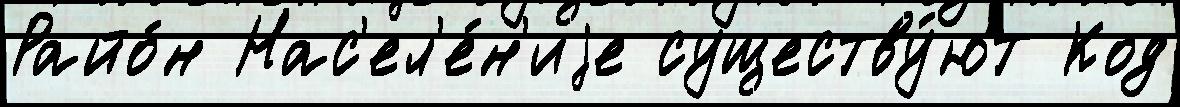
Райо́н Нас'ел'е́н'иjе существу́ют Код